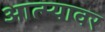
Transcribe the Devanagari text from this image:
आत्म्यावर